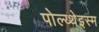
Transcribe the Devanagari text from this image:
पोल्य्थेइस्म